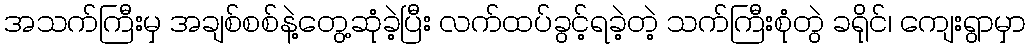
အသက်ကြီးမှ အချစ်စစ်နဲ့တွေ့ဆုံခဲ့ပြီး လက်ထပ်ခွင့်ရခဲ့တဲ့ သက်ကြီးစုံတွဲ ခရိုင်၊ ကျေးရွာမှာ